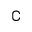
\complement